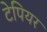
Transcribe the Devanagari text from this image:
टेपियर